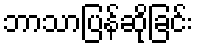
ဘာသာပြန်ဆိုခြင်း